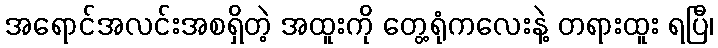
အရောင်အလင်းအစရှိတဲ့ အထူးကို တွေ့ရုံကလေးနဲ့ တရားထူး ရပြီ၊